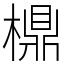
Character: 檙